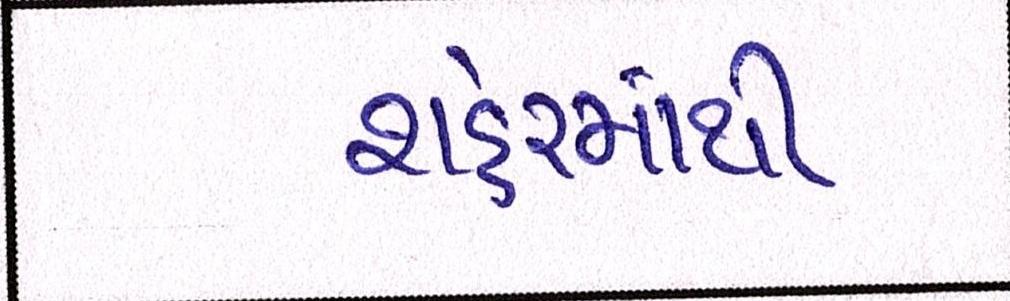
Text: શહેરમાંથી